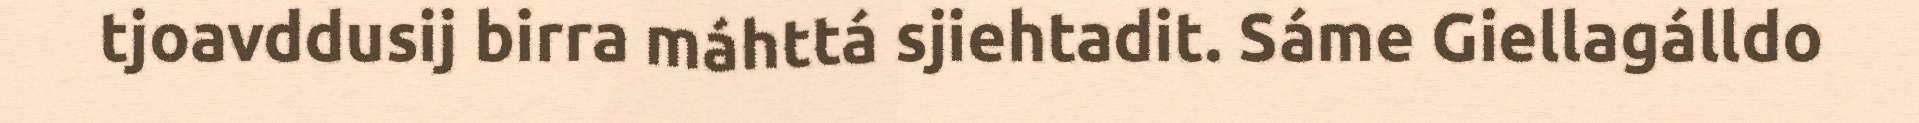
tjoavddusij birra máhttá sjiehtadit. Sáme Giellagálldo